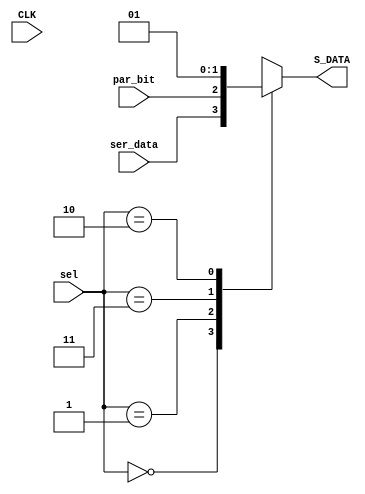
module MUX (
input ser_data,par_bit,CLK,
input [1:0] sel,
output reg S_DATA
);

always @ (*)
begin
	case (sel)
	
		2'b00 : S_DATA = ser_data;
		2'b01 : S_DATA = par_bit;
		2'b11 : S_DATA = 1'b0;
		2'b10 : S_DATA = 1'b1;
	endcase
end
endmodule